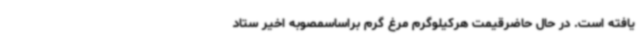
یافته است. در حال حاضرقیمت هرکیلوگرم مرغ گرم براساسمصوبه اخیر ستاد